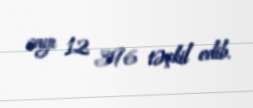
sayı 12 396 təşkil edib.